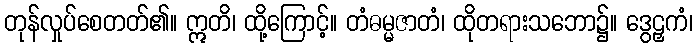
တုန်လှုပ်စေတတ်၏။ ဣတိ၊ ထို့ကြောင့်။ တံဓမ္မဇာတံ၊ ထိုတရားသဘော၌။ ဒွေဠှကံ၊